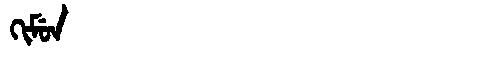
Manchu: ᡴᡳᠮᡠᠨ
Romanization: KIMUN